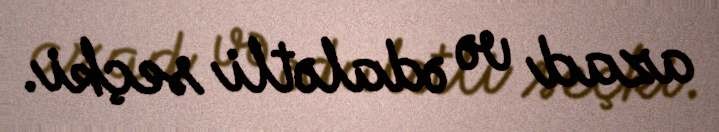
azad və ədalətli seçki.